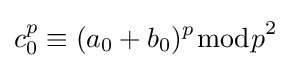
c_{0}^{p}\equiv (a_{0}+b_{0})^{p}{\bmod {p}}^{2}